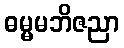
ဓမ္မမဘိဇညာ